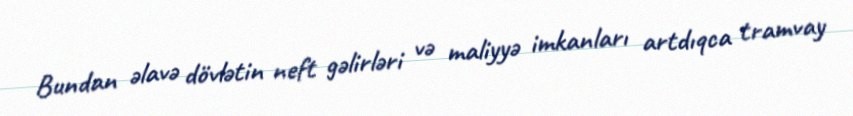
Bundan əlavə dövlətin neft gəlirləri və maliyyə imkanları artdıqca tramvay